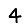
Digit: 4